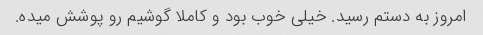
امروز به دستم رسید. خیلی خوب بود و کاملا گوشیم رو پوشش میده.